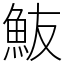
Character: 𩵼